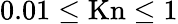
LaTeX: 0.01\le\mathrm{Kn}\le 1